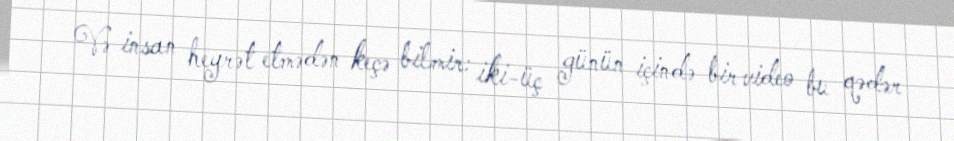
Və insan heyrət etmədən keçə bilmir: iki-üç günün içində bir video bu qədər